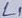
Text: L1